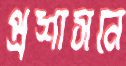
প্রশাসনে